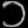
Digit: ၁